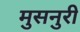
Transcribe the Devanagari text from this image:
मुसनुरी